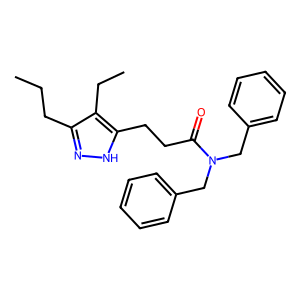
SMILES: CCCc1n[nH]c(CCC(=O)N(Cc2ccccc2)Cc2ccccc2)c1CC
Inhibits HIV replication: No